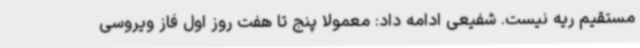
مستقیم ریه نیست. شفیعی ادامه داد: معمولا پنج تا هفت روز اول فاز ویروسی